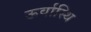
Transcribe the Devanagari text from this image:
ऊर्वास्थि